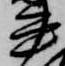
書